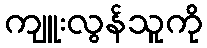
ကျူးလွန်သူကို